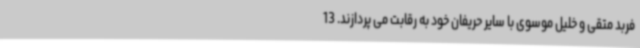
فربد متقی و خلیل موسوی با سایر حریفان خود به رقابت می پردازند. 13